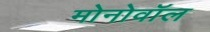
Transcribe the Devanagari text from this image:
मोनोवॉल